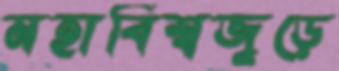
মহাবিশ্বজুড়ে